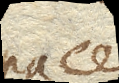
capaces